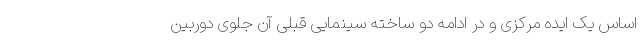
اساس یک ایده مرکزی و در ادامه دو ساخته سینمایی قبلی آن جلوی دوربین